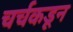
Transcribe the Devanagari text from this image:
चर्चकडून